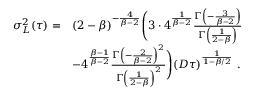
\begin{array} { r l } { \sigma _ { L } ^ { 2 } ( \tau ) = } & { ( 2 - \beta ) ^ { - \frac { 4 } { \beta - 2 } } \Bigg ( 3 \cdot 4 ^ { \frac { 1 } { \beta - 2 } } \frac { \Gamma \left( - \frac { 3 } { \beta - 2 } \right) } { \Gamma \left( \frac { 1 } { 2 - \beta } \right) } } \\ & { - 4 ^ { \frac { \beta - 1 } { \beta - 2 } } \frac { \Gamma \left( - \frac { 2 } { \beta - 2 } \right) ^ { 2 } } { \Gamma \left( \frac { 1 } { 2 - \beta } \right) ^ { 2 } } \Bigg ) ( D \tau ) ^ { \frac { 1 } { 1 - \beta / 2 } } \ . } \end{array}